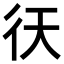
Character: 𢓍